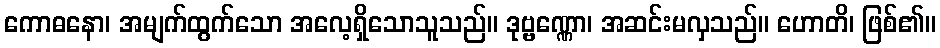
ကောဓနော၊ အမျက်ထွက်သော အလေ့ရှိသောသူသည်။ ဒုဗ္ဗဏ္ဏော၊ အဆင်းမလှသည်။ ဟောတိ၊ ဖြစ်၏။